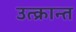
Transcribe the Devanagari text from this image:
उत्क्रान्त